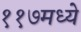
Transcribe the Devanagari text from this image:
११७मध्ये